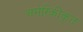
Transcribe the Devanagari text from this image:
अमेरिकीकृत